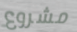
مشروع